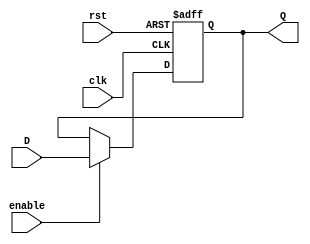
module sixteen_bit_register(D, enable, clk, rst, Q);
	input [15:0] D;
	input enable, clk, rst;
	output reg[15:0] Q;

	always @(posedge clk or posedge rst) begin
		if (rst == 1'b1)
			Q <= 16'b0000000000000000;
		else if(enable)
			Q <= D;
	end
endmodule